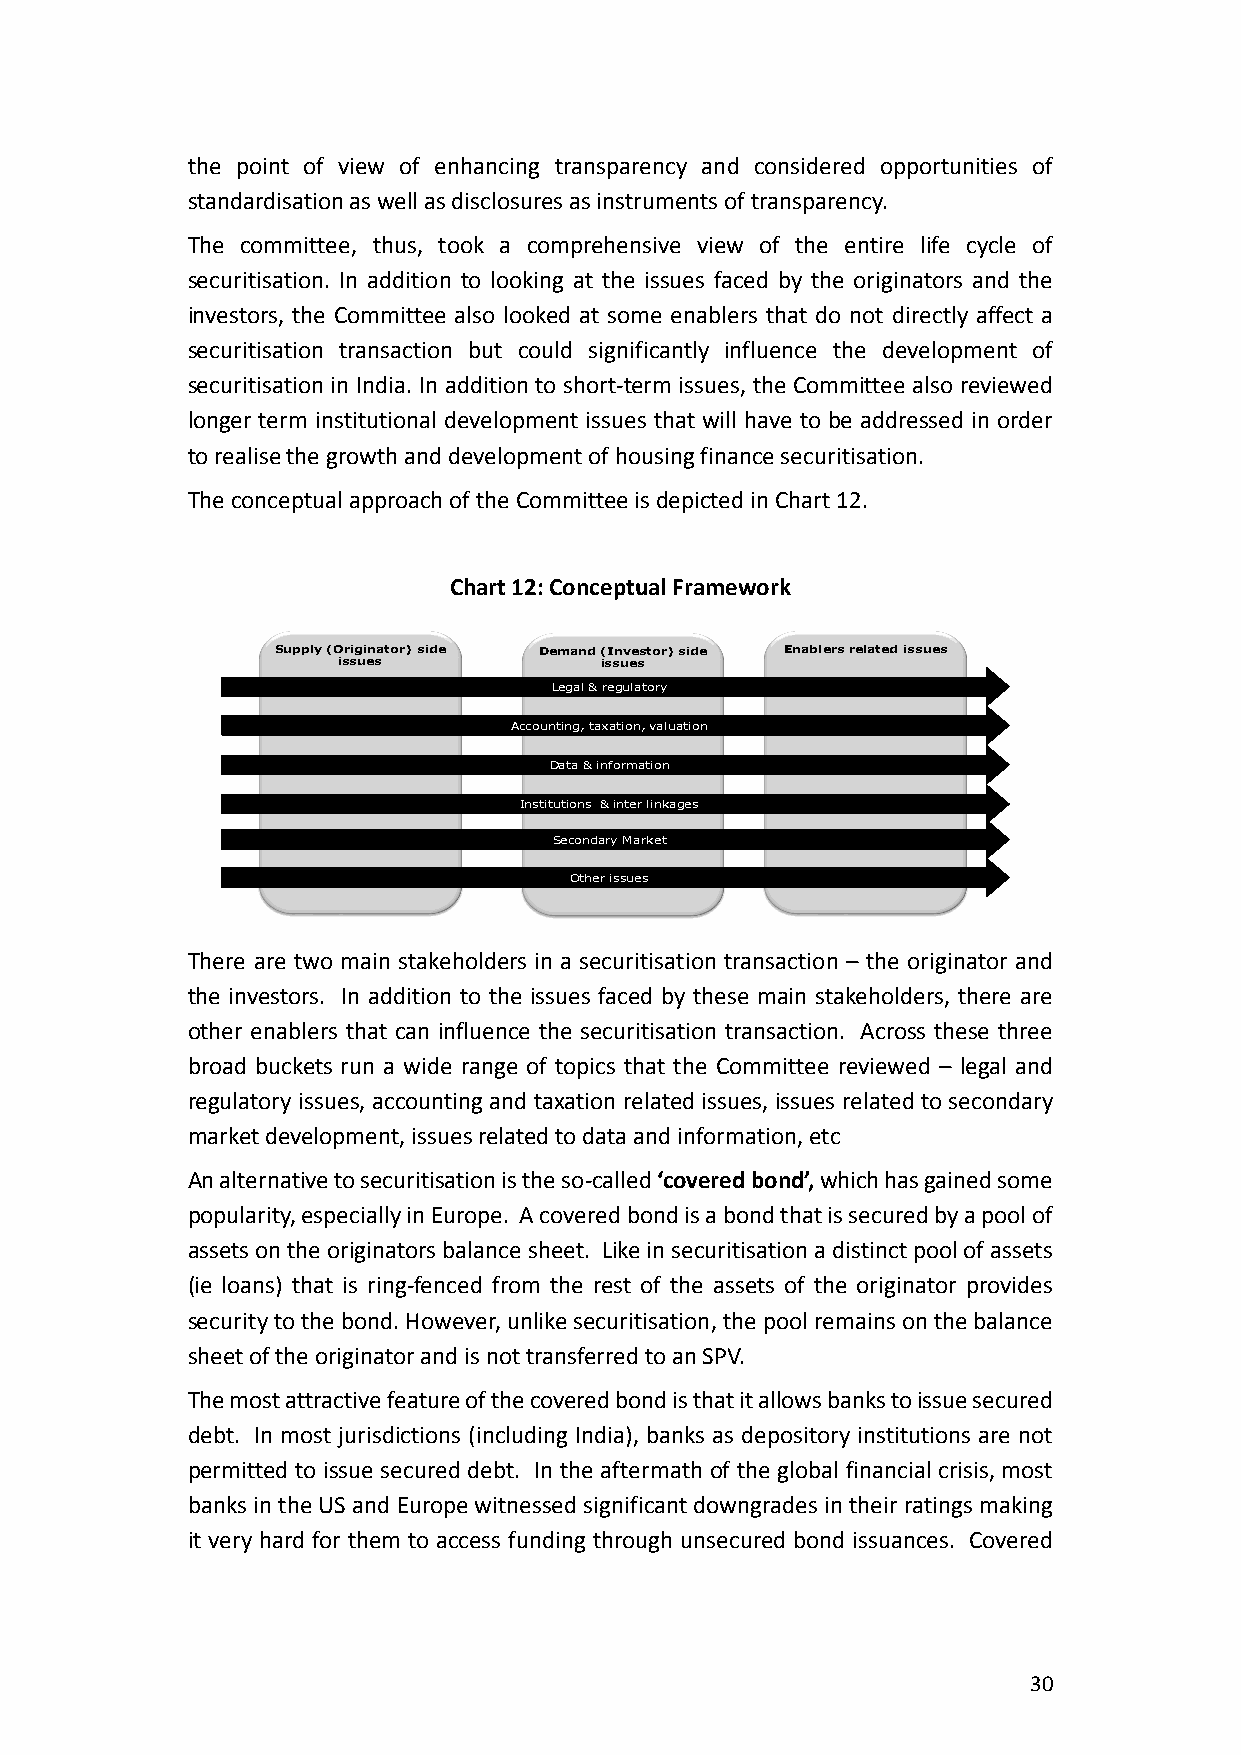
the point of view of enhancing transparency and considered opportunities of
 standardisation as well as disclosures as instruments of transparency.
 The committee, thus, took a comprehensive view of the entire life cycle of
 securitisation. In addition to looking at the issues faced by the originators and the
 investors, the Committee also looked at some enablers that do not directly affect a
 securitisation transaction but could significantly influence the development of
 securitisation in India. In addition to short-term issues, the Committee also reviewed
 longer term institutional development issues that will have to be addressed in order
 to realise the growth and development of housing finance securitisation.
 The conceptual approach of the Committee is depicted in Chart 12.
 Chart 12: Conceptual Framework
 Supply (Originator) side Demand (Investor) side Enablers related issues
 issues            issues
 Legal & regulatory
 Accounting, taxation, valuation
 Data & information
 Institutions & inter linkages
 Secondary Market
 Other issues
 There are two main stakeholders in a securitisation transaction – the originator and
 the investors. In addition to the issues faced by these main stakeholders, there are
 other enablers that can influence the securitisation transaction. Across these three
 broad buckets run a wide range of topics that the Committee reviewed – legal and
 regulatory issues, accounting and taxation related issues, issues related to secondary
 market development, issues related to data and information, etc
 An alternative to securitisation is the so-called ‘covered bond’, which has gained some
 popularity, especially in Europe. A covered bond is a bond that is secured by a pool of
 assets on the originators balance sheet. Like in securitisation a distinct pool of assets
 (ie loans) that is ring-fenced from the rest of the assets of the originator provides
 security to the bond. However, unlike securitisation, the pool remains on the balance
 sheet of the originator and is not transferred to an SPV.
 The most attractive feature of the covered bond is that it allows banks to issue secured
 debt. In most jurisdictions (including India), banks as depository institutions are not
 permitted to issue secured debt. In the aftermath of the global financial crisis, most
 banks in the US and Europe witnessed significant downgrades in their ratings making
 it very hard for them to access funding through unsecured bond issuances. Covered
 30